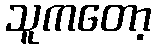
သူကတော့